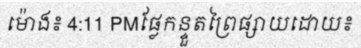
ម៉ោង៖ 4:11 PMផ្លែកន្ទួតព្រៃផ្សាយដោយ៖